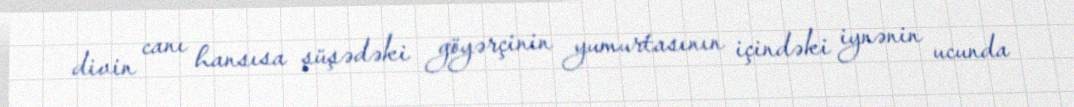
divin canı hansısa şüşədəki göyərçinin yumurtasının içindəki iynənin ucunda